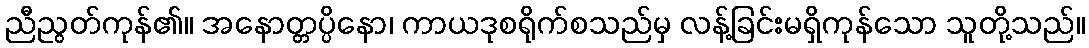
ညီညွတ်ကုန်၏။ အနောတ္တပ္ပိနော၊ ကာယဒုစရိုက်စသည်မှ လန့်ခြင်းမရှိကုန်သော သူတို့သည်။